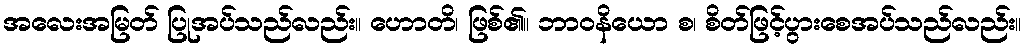
အလေးအမြတ် ပြုအပ်သည်လည်း။ ဟောတိ၊ ဖြစ်၏။ ဘာဝနိယော စ၊ စိတ်ဖြင့်ပွားစေအပ်သည်လည်း။